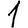
Digit: 1